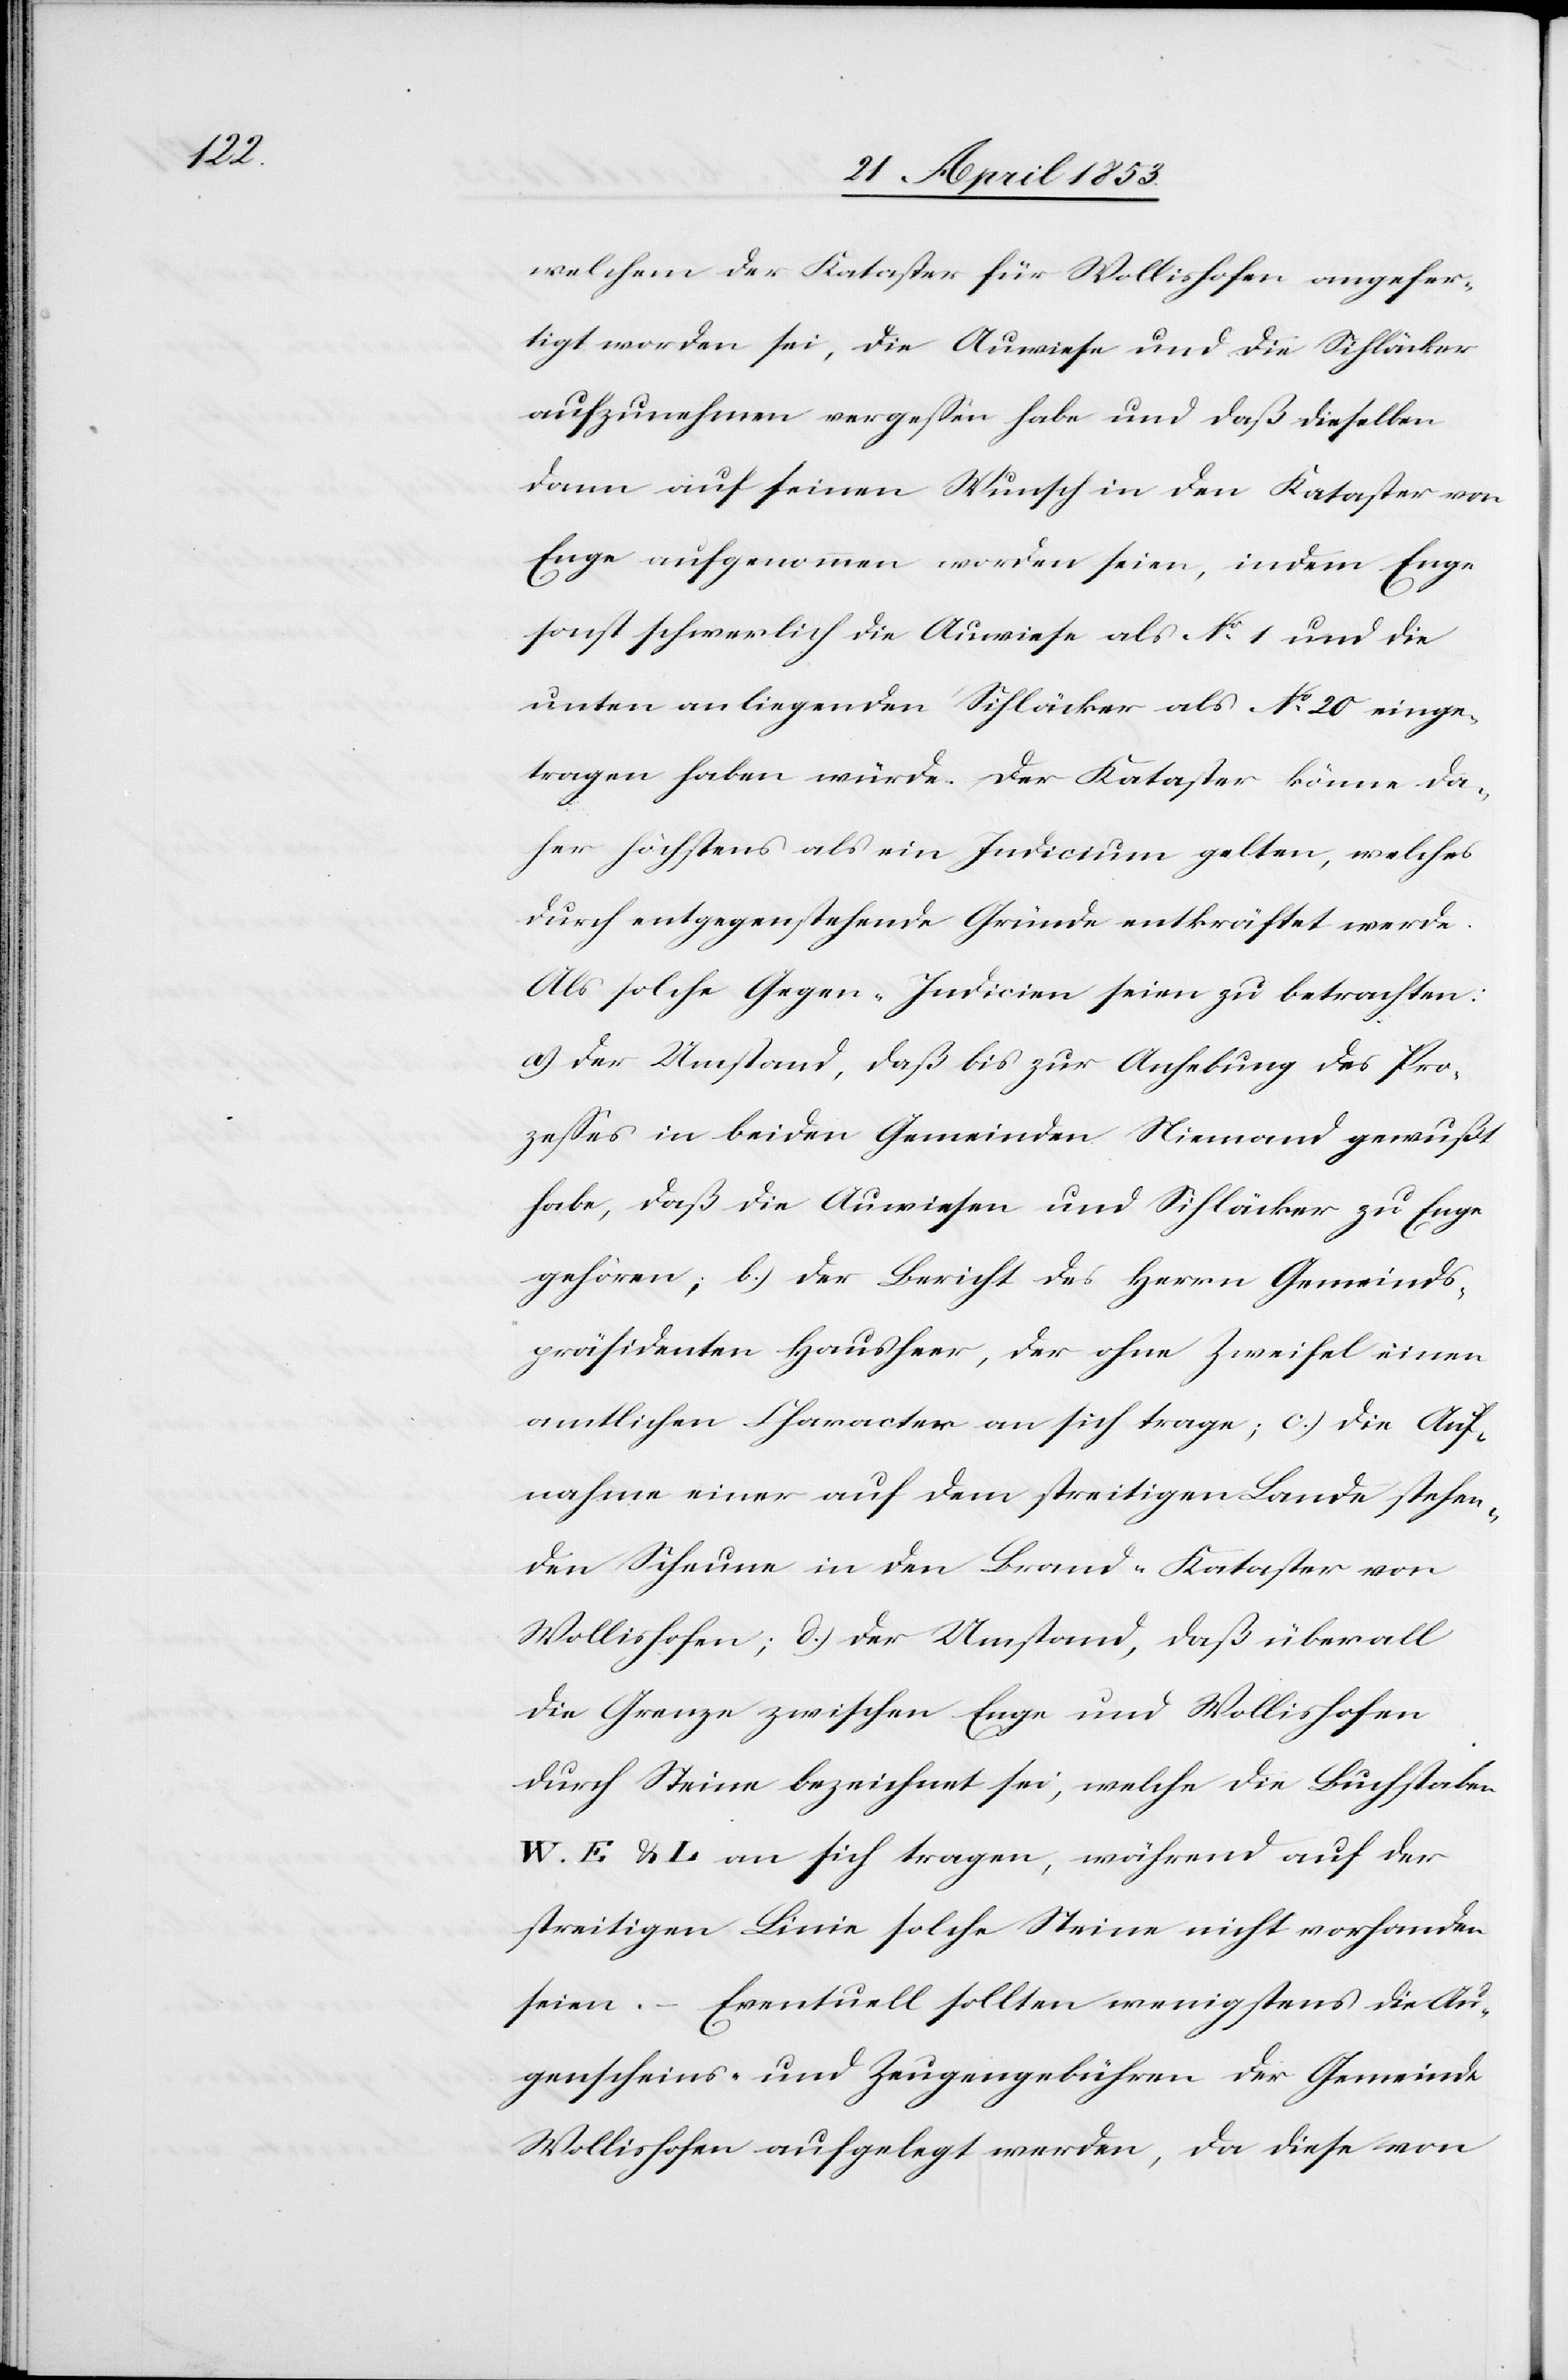
welchem der Kataster für Wollishofen angefer¬
tigt worden sei, die Auwiese und die Sihläcker
aufzunehmen vergeßen habe und daß dieselben
dann auf seinen Wunsch in den Kataster von
Enge aufgenommen worden seien, indem Enge
sonst schwerlich die Auwiese als N°. 1 und die
unten an liegenden Sihläcker als N°. 20 einge¬
tragen haben würde. Der Kataster könne da¬
her höchstens als ein Indicium gelten, welches
durch entgegenstehende Gründe entkräftet werde.
Als solche Gegen-Indicien seien zu betrachten:
a) Der Umstand, daß bis zur Anhebung des Pro¬
zeßes in beiden Gemeinden Niemand gewußt
habe, daß die Auwiesen und Sihläcker zu Enge
gehören; b.) Der Bericht des Herrn Gemeinds¬
präsidenten Hausheer, der ohne Zweifel einen
amtlichen Character an sich trage, c) Die Auf¬
nahme einer auf dem streitigen Lande stehen¬
den Scheune in den Brand-Kataster von
Wollishofen; d.) Der Umstand, daß überall
die Grenze zwischen Enge und Wollishofen
durch Steine bezeichnet sei, welche die Buchstaben
E. u. L. an sich tragen, während auf der
streitigen Linie solche Steine nicht vorhanden
seien. – Eventuell sollten wenigstens die Au¬
genscheins- und Zeugengebühren der Gemeinde
Wollishofen aufgelegt werden, da diese von